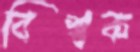
বিশ্বক